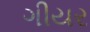
ગીયર